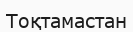
Тоқтамастан